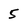
Character: 5